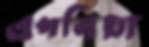
এপনিয়া